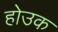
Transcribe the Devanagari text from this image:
होउक